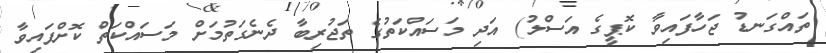
ތައްގަނޑު ޖަހާފައިވާ ކޮޕީގެ އަސްލު) އަދި މަސައްކަތުގެ ތަޖުރިބާ ދެނެގަތުމަށް މަސައްކަތް ކޮށްފައިވާ